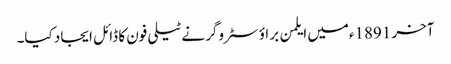
آخر 1891ءمیں ایلمن براؤ سٹروگر نے ٹیلی فون کا ڈائل ایجاد کیا۔